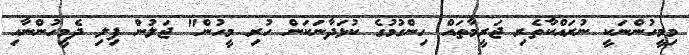
މިމީހުންނަކީ ނުރައްކާތެރި ޖަރީމާތައް ހިންގުމުގެ ކުޅަދާނަކަން ހުރި މީހުން" ޖަލުން ފިލި ދެމީހުންނާއި